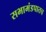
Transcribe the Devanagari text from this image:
सभामंडपातच